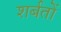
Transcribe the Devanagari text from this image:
शर्बतों